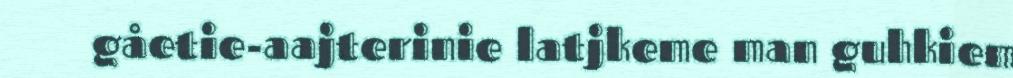
gåetie-aajterinie latjkeme man guhkiem